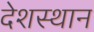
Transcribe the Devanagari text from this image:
देशस्थान